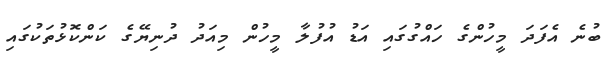
ބުނެ އެފަދަ މީހުންގެ ހައްގުގައި އަޑު އުފުލާ މީހުން މިއަދު ދުނިޔޭގެ ކަންކޮޅުތަކުގައި